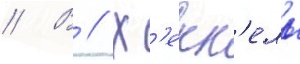
// В // Х'екк'ель